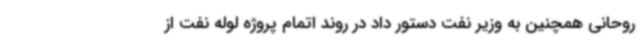
روحانی همچنین به وزیر نفت دستور داد در روند اتمام پروژه لوله نفت از